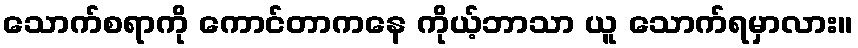
သောက်စရာကို ကောင်တာကနေ ကိုယ့်ဘာသာ ယူ သောက်ရမှာလား။